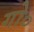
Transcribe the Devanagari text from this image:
गो०